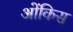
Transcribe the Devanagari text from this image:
ओंकिस